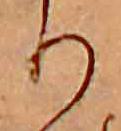
り